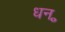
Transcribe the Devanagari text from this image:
धन॰